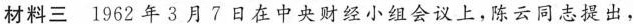
材料三1962年3月7日在中央财经小组会议上，陈云同志提出，